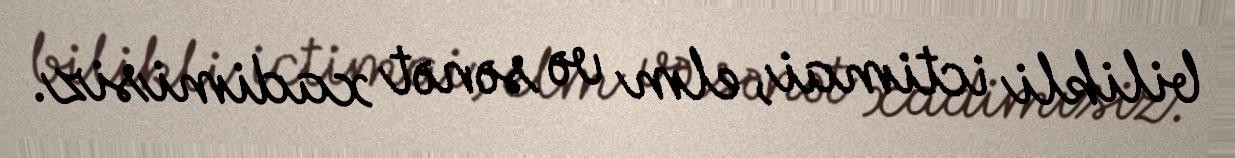
bilikli ictimai, elm və sənət xadimisiz.